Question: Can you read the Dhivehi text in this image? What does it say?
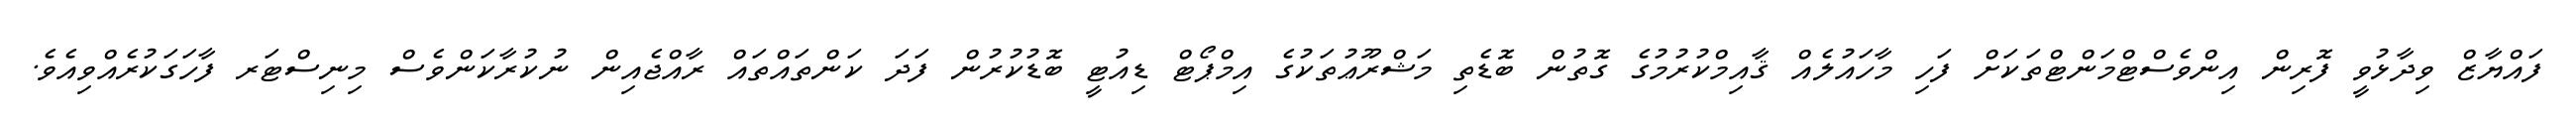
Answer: ފައްޔާޒް ވިދާޅުވީ ފޮރިން އިންވެސްޓްމަންޓްތަކަށް ފަހި މާހައުލެއް ޤާއިމްކުރުމުގެ ގޮތުން ބޮޑެތި މަޝްރޫޢުތަކުގެ އިމްޕޯޓް ޑިއުޓީ ބޮޑުކުރުން ފަދަ ކަންތައްތައް ރާއްޖެއިން ނުކުރާކަންވެސް މިނިސްޓަރ ފާހަގަކުރެއްވިއެވެ.